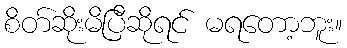
စိတ်ဆိုးမိပြီဆိုရင် မရတော့ဘူး။